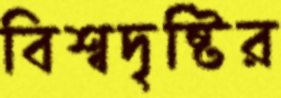
বিশ্বদৃষ্টির